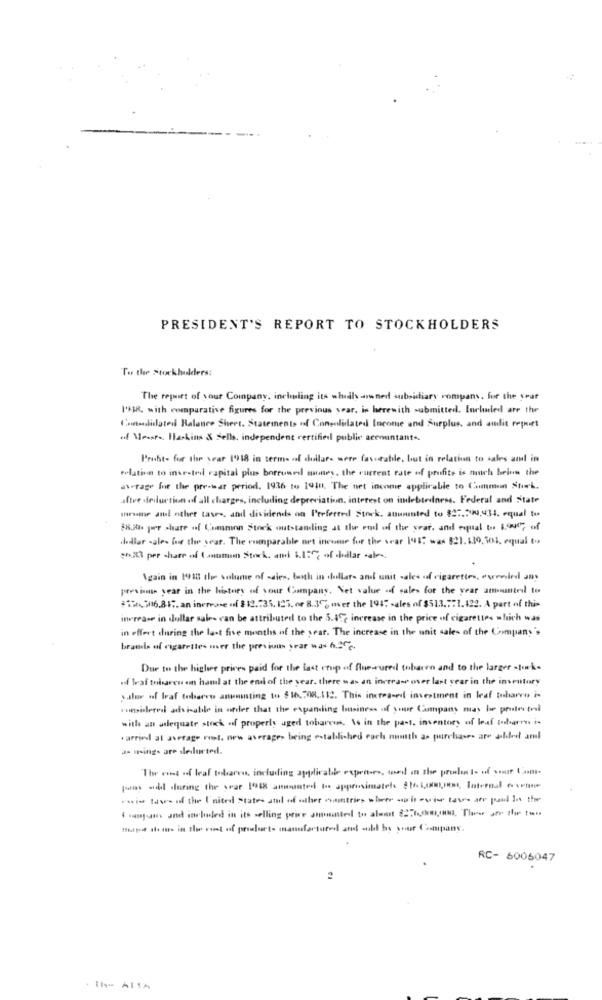
PRESIDENT'S REPORT TO STOCKHOLDERS
To the Stockholders:
The repairt of your Company, including its whidly -owned subsidiary rompans. for the year
1'%R, with comparative figures for the previous year, in herewith submitted. Included are the
Consolidates Balance Sheet. Statements of Consolidated Income and Surplus, and audit report
of Measra, Haskins & sells, independent certified public accountants.
Pruht- for the year 1918 in terms of dollars were favorable, but in relation to sales and in
relation to insr-teil capital plus borrowed money, the current rate of profits is much below the
average for the pre-war period. 1936 to 1948, The net income applicable to Common Stork.
altre desluction of all charges, including depreciation. interest on indebtednems. Federal and state
armar and other cases, and dividends on Preferred Stock, anunested to 827.790,434. equal to
86.2b per share of Common Stock outstanding at the end of the year, and equal to 1.900 of
dollar -ale- for the year. The comparable net income for the sear 191: was 821.130,301, equal to
$6.23 per share of (anumon Stock. ami 1.157; of dollar sales,
Again in 19918 the volume of sales, both in hallar- and unit sales of cigarettes, evenel ans
previous year in the history of your Company. Net value of sales for the year amountel to
#1,7/16.817. an increase of $ 12.735. 125. or 8.3% over the 194: sales of $513 .:: 1.122. A part of this
increase in dollar sales can be attributed to the 5.49? increase in the price of cigarettes which was
in effect during the last five months of the year. The increase in the unit sales of the Company's
branch of cigarettes wer the previous year was h.2.
Due to the higher prices paid for the last erup of flue-ured tobare and to the larger storks
of braf tobaren en haml at the end of the year. there was an increase over last year in the inventory
salue of leaf tobarro anumnting to $16.708,112. This increaseil investment in leaf tuharen i-
vousilered advisable in order that the expanding business of your Company may be prote trol
with an adequate stock of properly aged tobareus. Is in the past, inventory of leaf tobarros is
. arrin at average rest. new averages being established each nuth as purchases are aldel aml
a- wings are deducted.
The out of leaf tobaren, including applicable expenses, toed in the proelos to uof your ,m.
pams ddl during the year 1948 amwanted to approximately $16ismem, Internal ourine
wie tase of the United states and of wher countries where col -vier tawe are paid in
i minjan. und included in its selling price amounted to almost 8278,0m ,, Thew are the ton
tapet dans in the cont of promlurt- manufactured and sold by your Company.
RC- 6005047
2
. İh- AlIA